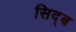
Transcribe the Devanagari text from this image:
सिद्ब